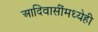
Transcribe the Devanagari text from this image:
आदिवासींमध्येही